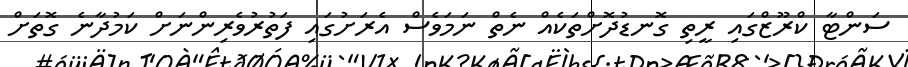
ސަންޓާ ކްރޫޒްގައި ރީތި ގޮނޑުދޮށްތަކެއް ނެތް ނަމަވެސް އެރަށުގައި ފަތުރުވެރިންނަށް ކަމުދާނެ ގޮތަށް